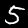
Label: 5